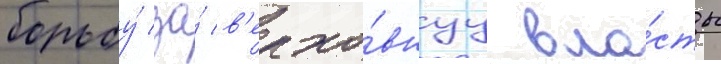
борьбу́ за́ в'ерхо́внуу вла́сть